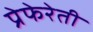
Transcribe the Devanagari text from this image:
प्रेफेरेती